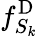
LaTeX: f_{S_{k}}^{\mathrm{D}}